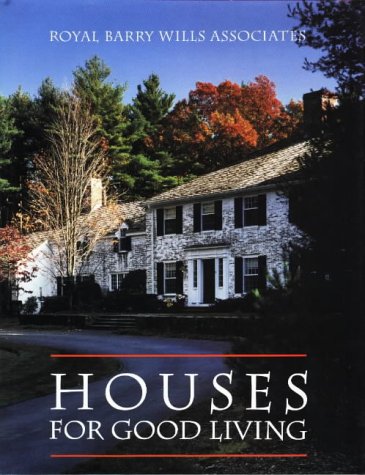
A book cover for Houses for Good Living; Royal Barry Wills Associates; Travel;